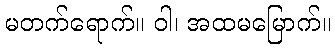
မတက်ရောက်။ ဝါ၊ အထမမြောက်။